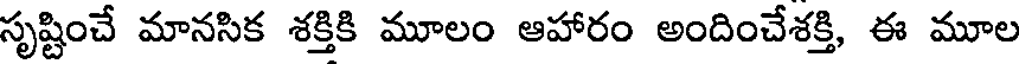
సృష్టించే మానసిక శక్తికి మూలం ఆహారం అందించేశక్తి, ఈ మూల